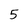
Character: 5